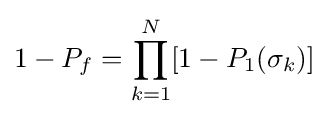
1-P_{f}=\prod _{k=1}^{N}[1-P_{1}(\sigma _{k})]